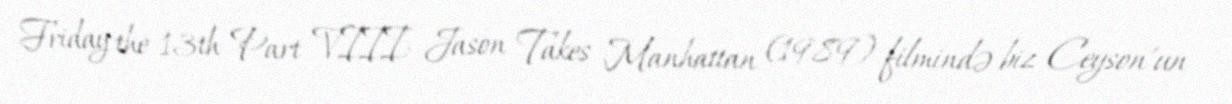
Friday the 13th Part VIII: Jason Takes Manhattan (1989) filmində biz Ceyson'un